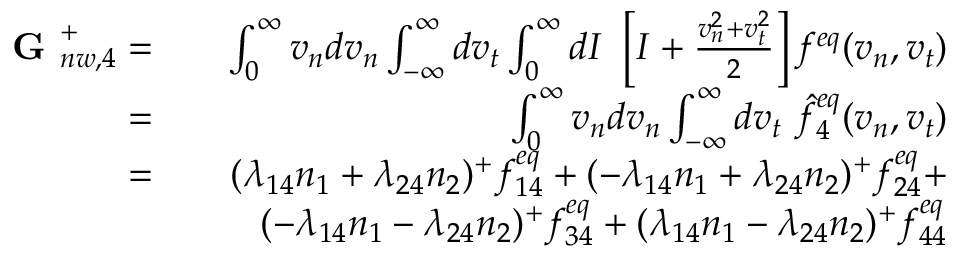
\begin{array} { r l r } { \textbf { G } _ { n w , 4 } ^ { + } = } & { } & { \int _ { 0 } ^ { \infty } v _ { n } d v _ { n } \int _ { - \infty } ^ { \infty } d v _ { t } \int _ { 0 } ^ { \infty } d I \ \left[ I + \frac { v _ { n } ^ { 2 } + v _ { t } ^ { 2 } } { 2 } \right] f ^ { e q } ( v _ { n } , v _ { t } ) } \\ { = } & { } & { \int _ { 0 } ^ { \infty } v _ { n } d v _ { n } \int _ { - \infty } ^ { \infty } d v _ { t } \ \hat { f } _ { 4 } ^ { e q } ( v _ { n } , v _ { t } ) } \\ { = } & { } & { ( \lambda _ { 1 4 } n _ { 1 } + \lambda _ { 2 4 } n _ { 2 } ) ^ { + } f _ { 1 4 } ^ { e q } + ( - \lambda _ { 1 4 } n _ { 1 } + \lambda _ { 2 4 } n _ { 2 } ) ^ { + } f _ { 2 4 } ^ { e q } + } \\ & { } & { ( - \lambda _ { 1 4 } n _ { 1 } - \lambda _ { 2 4 } n _ { 2 } ) ^ { + } f _ { 3 4 } ^ { e q } + ( \lambda _ { 1 4 } n _ { 1 } - \lambda _ { 2 4 } n _ { 2 } ) ^ { + } f _ { 4 4 } ^ { e q } } \end{array}